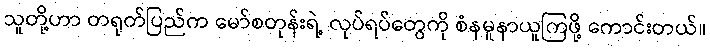
သူတို့ဟာ တရုတ်ပြည်က မော်စတုန်းရဲ့ လုပ်ရပ်တွေကို စံနမူနာယူကြဖို့ ကောင်းတယ်။